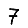
Digit: 7